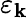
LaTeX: \varepsilon_{\mathbf{k}}